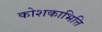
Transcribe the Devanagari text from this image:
कोशकाभित्ति